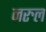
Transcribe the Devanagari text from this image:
नरुल